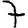
Digit: 7